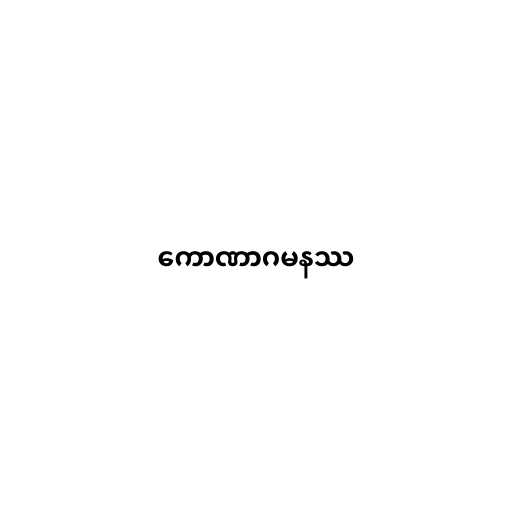
ကောဏာဂမနဿ